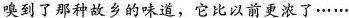
嗅到了那种故乡的味道，它比以前更浓了……